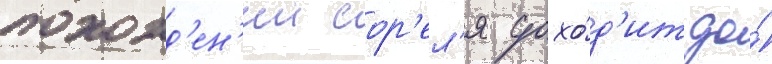
похожд'ен'ии сор'ел'я дохо́д'ит до́